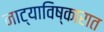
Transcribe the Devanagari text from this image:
नाट्याविष्कारात